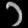
Digit: ၁